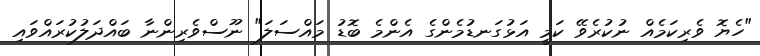
"ހެޔޮ ވެރިކަމެއް ނުކުރެވޭ ކަމީ އަޅުގަނޑުމެންގެ އެންމެ ބޮޑު މައްސަލަ" ނޫސްވެރިންނާ ބައްދަލުކުރައްވައި